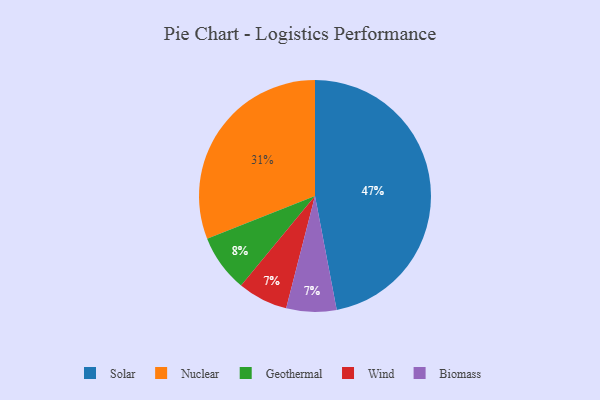
{"axis": {"x": "Category", "y": "Percentage"}, "legend": ["Biomass", "Geothermal", "Nuclear", "Solar", "Wind"], "data": [{"x": "Geothermal", "y": 8, "type": "Geothermal"}, {"x": "Solar", "y": 47, "type": "Solar"}, {"x": "Wind", "y": 7, "type": "Wind"}, {"x": "Biomass", "y": 7, "type": "Biomass"}, {"x": "Nuclear", "y": 31, "type": "Nuclear"}]}